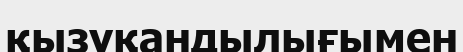
қызуқандылығымен